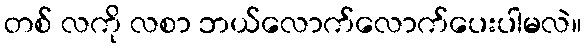
တစ် လကို လစာ ဘယ်လောက်လောက်ပေးပါမလဲ။